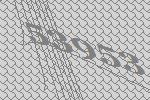
53953